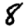
Digit: 8